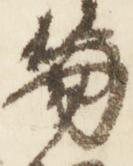
笏